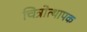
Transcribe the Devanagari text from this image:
चित्रोत्थापक